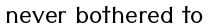
never bothered to